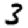
Digit: 3